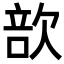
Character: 㰴